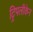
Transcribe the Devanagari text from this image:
ट्रिपलीकेन